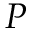
P